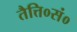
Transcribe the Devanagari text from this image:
तैत्ति०सं०